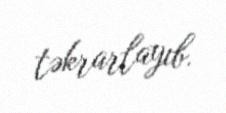
təkrarlayıb.